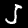
Label: 5